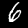
Label: 6